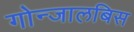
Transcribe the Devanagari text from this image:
गोन्जालबिस